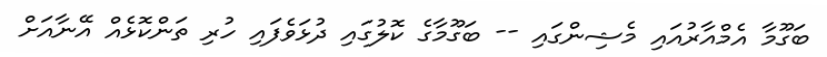
ބަގޫމާ އެމްއާރުއައި މެޝިންގައި -- ބަގޫމާގެ ކޮލުގައި ދުޅަވެފައި ހުރި ތަންކޮޅެއް އޭނާއަށް